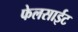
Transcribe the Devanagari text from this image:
फेलसाईट